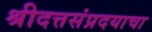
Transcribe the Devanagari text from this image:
श्रीदत्तसंप्रदयाचा